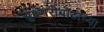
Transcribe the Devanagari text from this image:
सुक्ष्मरोबोटाच्या